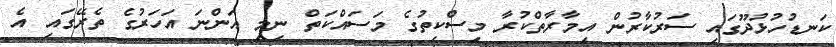
ކަނޑުހުޅުދޫގައި ސަރުކާރުން އިމާރާތްކުރާ މިސްކިތުގެ މަސައްކަތް ނިމި އަންނަ އަހަރުގެ ތެރޭގައި އެ